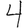
Digit: 4